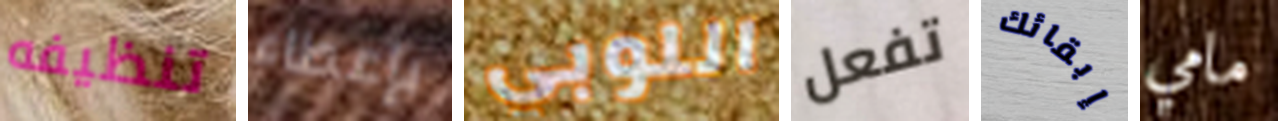
تنظيفه بإعطاء اللوبي تفعل إبقائك مامي